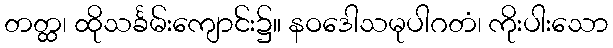
တတ္ထ၊ ထိုသင်္ခမ်းကျောင်း၌။ နဝဒေါသမုပါဂတံ၊ ကိုးပါးသော